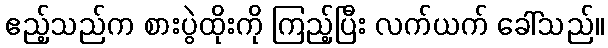
ဧည့်သည်က စားပွဲထိုးကို ကြည့်ပြီး လက်ယက် ခေါ်သည်။